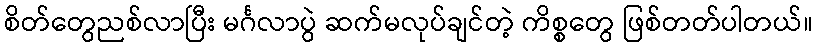
စိတ်တွေညစ်လာပြီး မင်္ဂလာပွဲ ဆက်မလုပ်ချင်တဲ့ ကိစ္စတွေ ဖြစ်တတ်ပါတယ်။